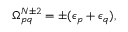
\Omega _ { p q } ^ { N \pm 2 } = \pm ( \epsilon _ { p } + \epsilon _ { q } ) ,